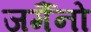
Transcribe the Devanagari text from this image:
जर्मैनो